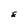
Character: E